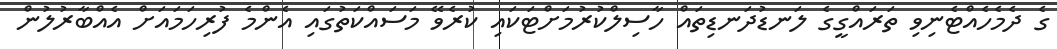
ގެ ދެމެހެއްޓެނިވި ތަަރައްގީގެ ލަނޑުދަނޑިތައް ހާސިލްކުރުމަށްޓަކައި ކުރެވޭ މަސައްކަތުގައި އެންމެ ފުރިހަމައަށް އެއްބާރުލުން